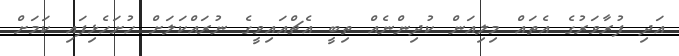
އަދި ފުރާވަރުގެ އެތައް މިލިއަން ކުދިންނެއް ތިބީ އެޗްއައިވީގެ ނުރައްކަލަށް ހުށަހެޅިފައި ކަމަށް